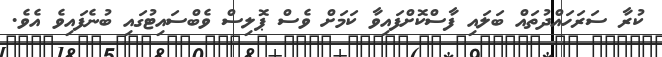
ކުރާ ސަރަހައްދުތައް ބަލައި ފާސްކޮށްފައިވާ ކަމަށް ވެސް ޕޮލިސް ވެބްސައިޓުގައި ބުނެފައިވެ އެވެ.